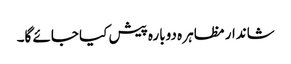
شاندار مظاہر ہ دوبارہ پیش کیا جائے گا۔